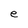
Character: e